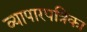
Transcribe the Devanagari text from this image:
व्यापारपत्रिका